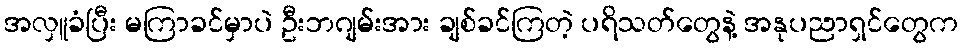
အလှူခံပြီး မကြာခင်မှာပဲ ဦးဘဂျမ်းအား ချစ်ခင်ကြတဲ့ ပရိသတ်တွေနဲ့ အနုပညာရှင်တွေက